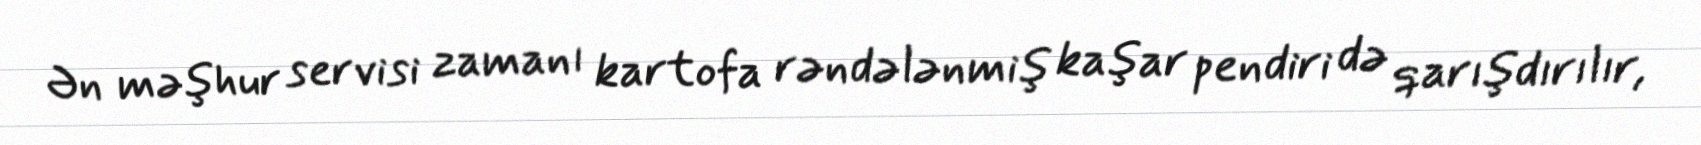
Ən məşhur servisi zamanı kartofa rəndələnmiş kaşar pendiri də qarışdırılır,